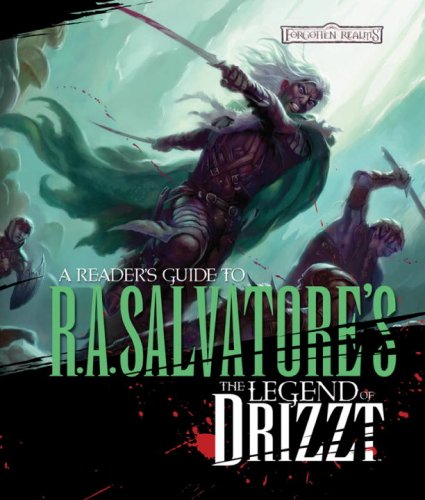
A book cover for Reader's Guide to the Legend of Drizzt; Philip Athans; Science Fiction & Fantasy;